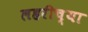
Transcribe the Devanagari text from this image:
लहरीच्या